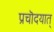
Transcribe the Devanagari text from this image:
प्रचॊदयात्